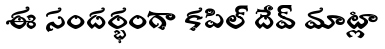
ఈ సందర్భంగా కపిల్ దేవ్ మాట్లా